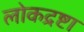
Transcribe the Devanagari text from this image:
लोकद्रष्टा